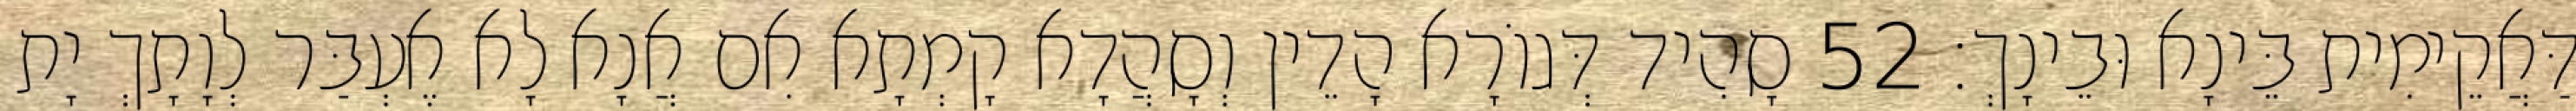
דַּאֲקֵימִית בֵּינָא וּבֵינָךְ׃ 52 סָהִיד דְּגוֹרָא הָדֵין וְסָהֲדָא קָמְתָא אִם אֲנָא לָא אֶעְבַּר לְוָתָךְ יָת